Indian Medical Review
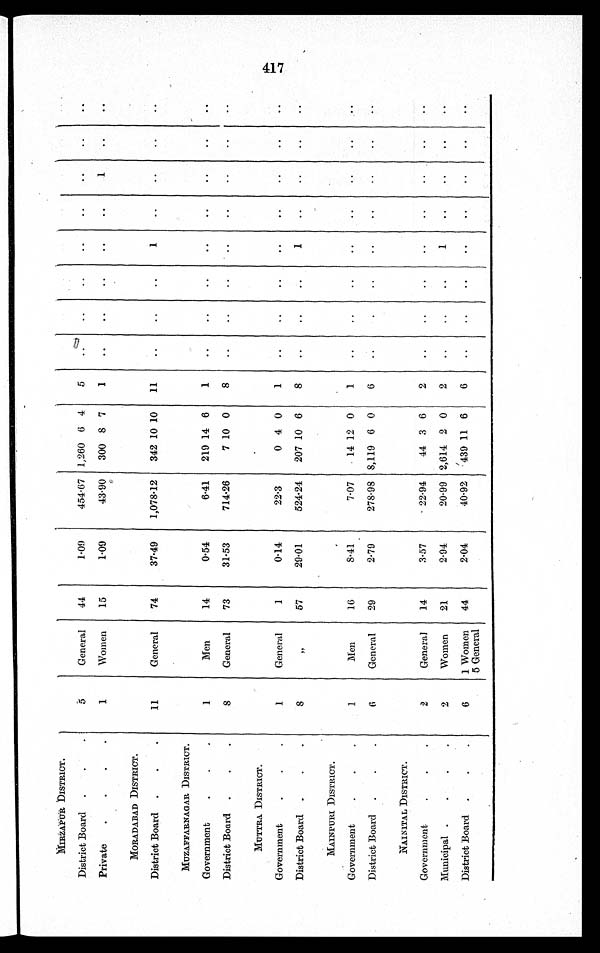
MIRZAPUR DISTRICT.
District Board .
.
.
5
General
44
F09
454·67 1,260 6 4
5
..
..
..
..
..
..
..
Private
.
.
.
.
1
Women
15
1.09
43.90
300 8 7
1
..
..
..
..
..
1
MORADABAD DISTRICT.
District Board .
.
.
11
General
74
37.49
1,07812
342 10 10
11
..
..
..
MUZAFFARNAQAR DISTRICT.
Government
.
.
1
Men
14
0.54
6.41
219 14 6
1
..
..
..
..
..
..
..
District Board .
.
.
8
General
73
31·53
714·26
7 10 0
8
..
..
..
..
..
..
..
MUTTRA DISTRICT.
Government
.
.
.
1
General
1
014
22.3
0 4 0
1
..
..
..
..
..
..
District Board .
.
.
8
„
57
29.01
524.24
207 10 6
8
..
..
. .
1
..
MAINPURI DISTRICT.
Government
.
.
.
1
Men
16
8.41 7.07
14 12 0
1
.
..
..
..
..
..
..
District Board .
.
.
6
General
29
2.79
278.98 8,119 6 0
6
.
.
..
..
..
NAINITAL DISTRICT.
Government
.
.
.
2
General
14
3.57
- 22 . 94
44 3 6
2
..
..
..
..
..
.
Municipal .
2
Women
21
2.94
20·99 2,614 2 0
2
..
District Board .
.
.
6
1 Women
44
2.04
40.92
439 11 6
6
..
..
..
..
..
..
..
5 General